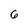
Character: 6